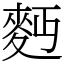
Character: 麪